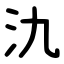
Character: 氿